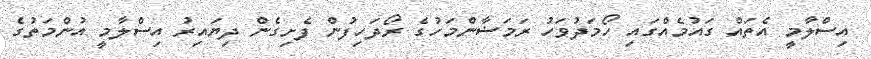
އިސްލާމީ އެތައް ގައުމެއްގައި ހޯމަދުވަހު ރަމަޟާންމަހުގެ ރޯދަހިފުން ފެށިގެން ދިޔައިރު އިސްލާމީ އުންމަތުގެ